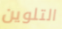
التلوين